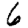
Digit: 6